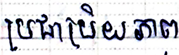
ប្រជាប្រិយភាព